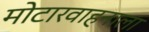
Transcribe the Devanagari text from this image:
मोटारवाहनाला